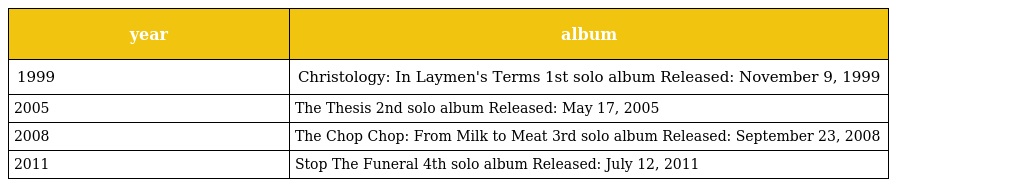
| year | album |
 | --- | --- |
 | 1999 | Christology: In Laymen's Terms 1st solo album Released: November 9, 1999 |
 | 2005 | The Thesis 2nd solo album Released: May 17, 2005 |
 | 2008 | The Chop Chop: From Milk to Meat 3rd solo album Released: September 23, 2008 |
 | 2011 | Stop The Funeral 4th solo album Released: July 12, 2011 |